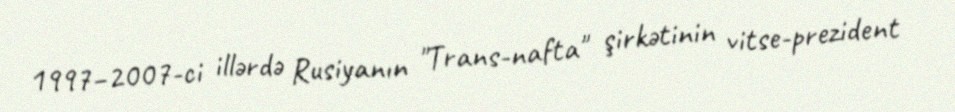
1997–2007-ci illərdə Rusiyanın "Trans-nafta" şirkətinin vitse-prezident